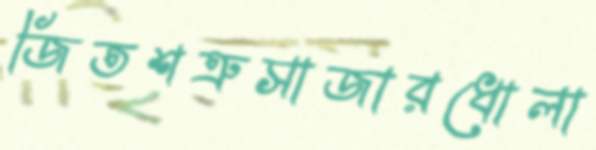
জিতশত্রুসাজারধোলা